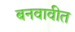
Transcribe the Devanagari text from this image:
बनवावीत